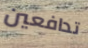
تدافعين